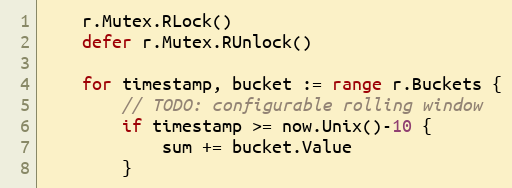
Language: Go
	r.Mutex.RLock()
	defer r.Mutex.RUnlock()

	for timestamp, bucket := range r.Buckets {
		// TODO: configurable rolling window
		if timestamp >= now.Unix()-10 {
			sum += bucket.Value
		}